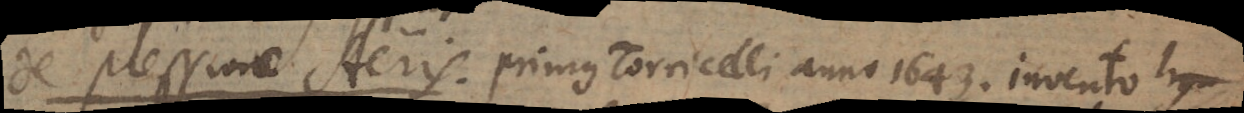
De pressione Aeris. Primus Torricelli anno 1643. invento hy